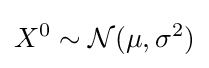
X^{0}\sim {\mathcal {N}}(\mu ,\sigma ^{2})